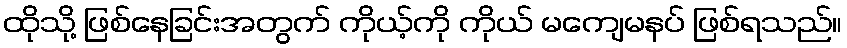
ထိုသို့ ဖြစ်နေခြင်းအတွက် ကိုယ့်ကို ကိုယ် မကျေမနပ် ဖြစ်ရသည်။